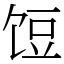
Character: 饾